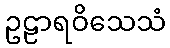
ဥဠာရဝိသေသံ